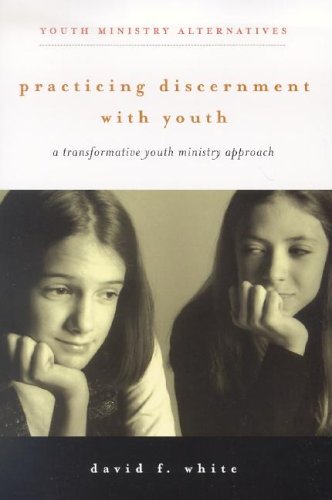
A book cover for Practicing Discernment with Youth: A Transformative Youth Ministry Approach (Youth Ministry Alternatives); David F. White; Christian Books & Bibles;